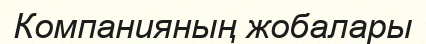
Компанияның жобалары